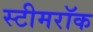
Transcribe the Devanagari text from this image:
स्टीमरॉक